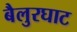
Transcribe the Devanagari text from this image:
बैलुरघाट